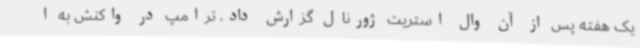
یک هفته پس از آن وال استریت ژورنال گزارش داد، ترامپ در واکنش به ا